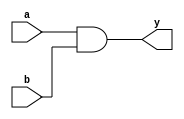
module simple_and_gate (
    input wire a,     // Input signal a
    input wire b,     // Input signal b
    output wire y     // Output signal y
);

// Continuous assignment using assign statement
assign y = a & b; // y is continuously driven by the AND operation of a and b

endmodule